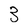
Character: 3